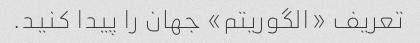
تعریف «الگوریتم» جهان را پیدا کنید.